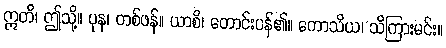
ဣတိ၊ ဤသို့။ ပုန၊ တစ်ဖန်။ ယာစိ၊ တောင်းပန်၏။ ကောသိယ၊ သိကြားမင်း။